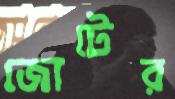
জোটের